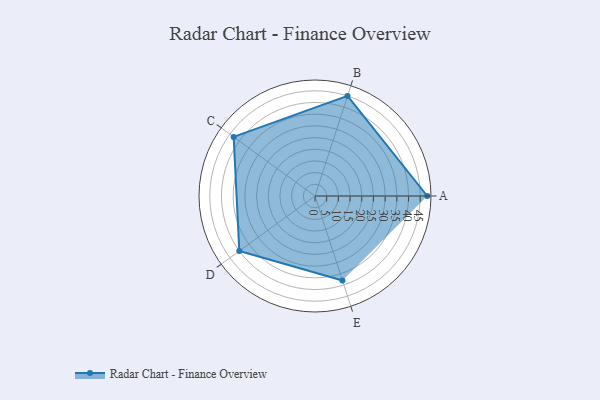
{"axis": {"x": "Skill", "y": "Score"}, "legend": ["Profile"], "data": [{"x": "A", "y": 48.0, "type": "Profile"}, {"x": "B", "y": 45.0, "type": "Profile"}, {"x": "C", "y": 43.0, "type": "Profile"}, {"x": "D", "y": 40.0, "type": "Profile"}, {"x": "E", "y": 38.0, "type": "Profile"}]}